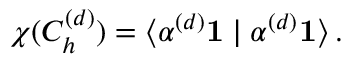
\chi ( C _ { h } ^ { ( d ) } ) = \langle \alpha ^ { ( d ) } \mathbf { 1 } \mid \alpha ^ { ( d ) } \mathbf { 1 } \rangle \, .